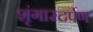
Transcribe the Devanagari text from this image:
शृंगारदर्पण